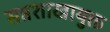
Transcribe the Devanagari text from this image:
सप्तशाखायुक्त